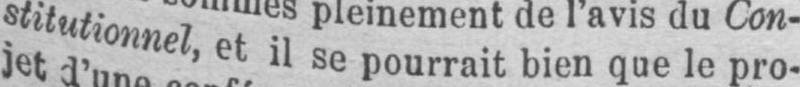
stitutionnel, et il se pourrait bien que le pro-